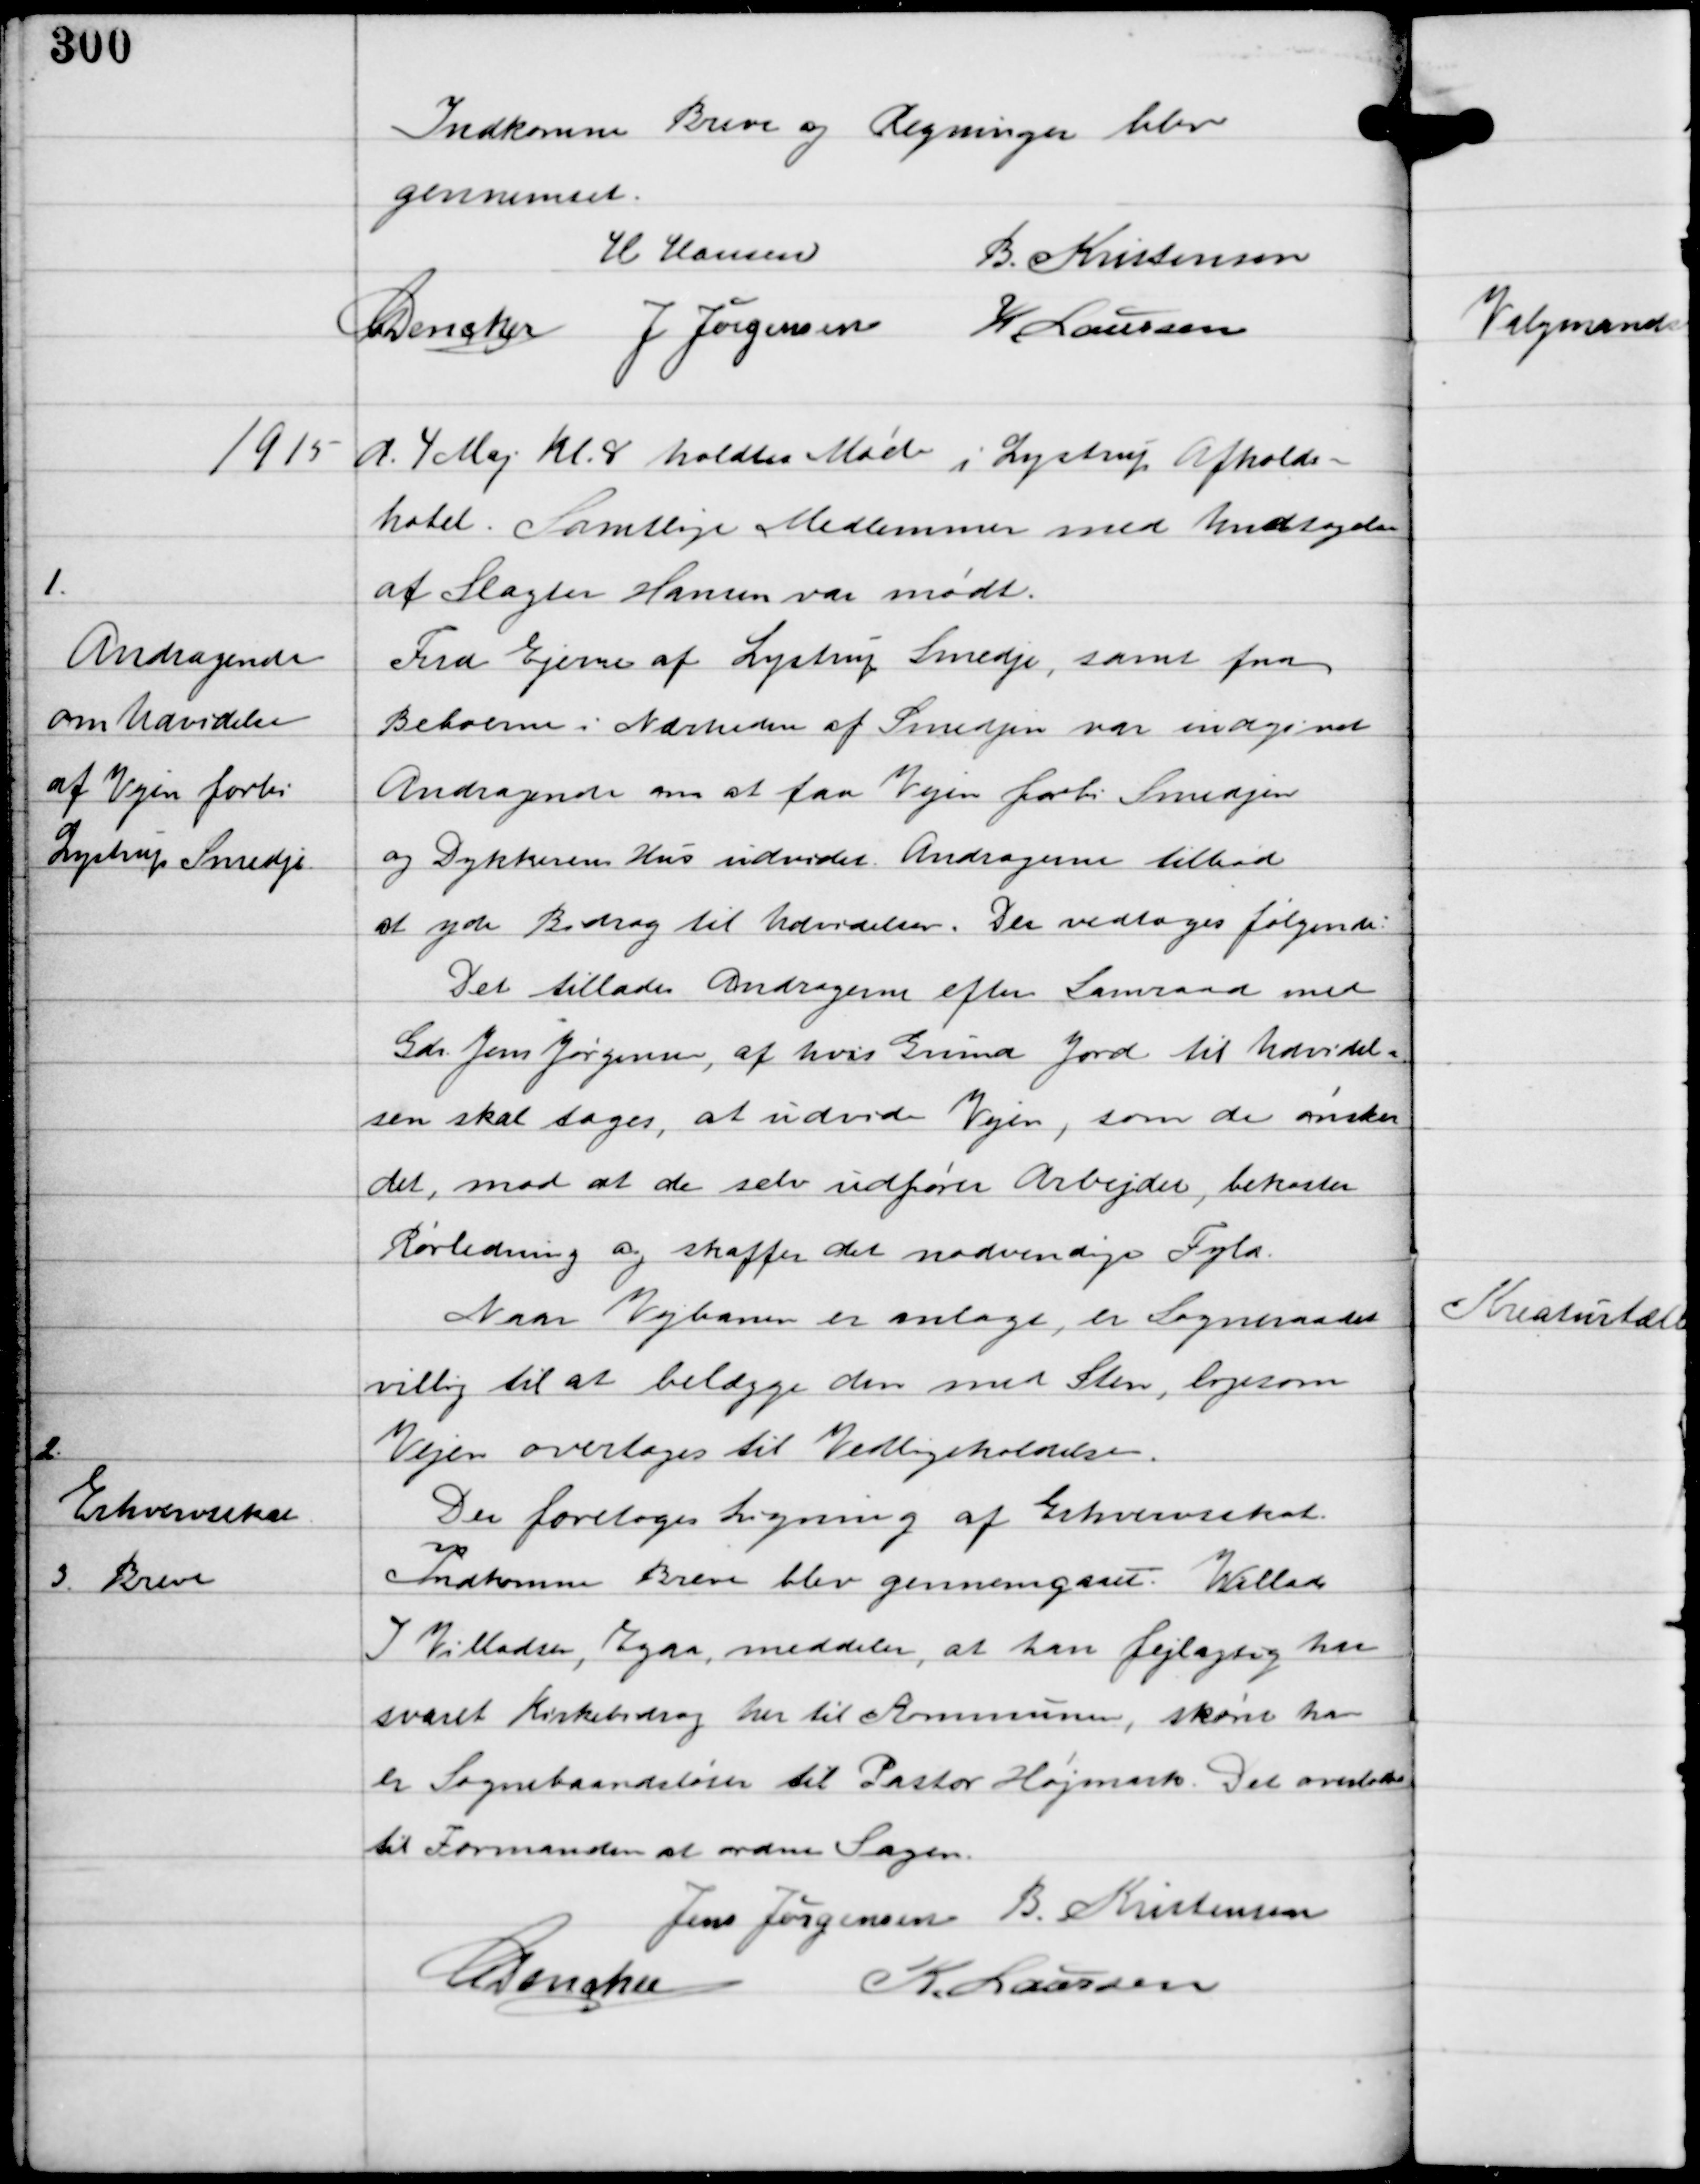
Transskription:
Indkomne Breve og Regninger blev
gennemset.

H Hansen
B. Kristensen
C Dencker J Jørgensen K Laursen

1915 d. 4 Maj Kl 8 holdtes Møde i Lystrup Afholds-
hotel. Samtlige Medlemmer med Undtagelse
af Slagter Hansen var mødt.

1.

Andragende
om Udvidelse
af Vejen forbi
Lystrup Smedje.

Fra Ejerne af Lystrup Smedje, samt fra
Beboerne i Nærheden af Smedjen var indgivet
Andragende om at faa Vejen forbi Smedjen
og Dykkerens Hus udvidet. Andragerne tilbød
at yde Bidrag til Udvidelsen. Der vedtoges følgende:
Det tillades Andragerne efter Samraad med
Gdr Jens Jørgensen, af hvis Grund Jord til Udvidel-
sen skal tages, at udvide Vejen, som de ønsker
det, mod at de selv udfører Arbejder, bekoster
Rørledning og skaffer det nødvendige Fyla.
Naar Vejbanen er anlagt, er Sogneraadet
villig til at belægge den med Sten, ligesom
Vejen overtages til Vedligeholdelse.

2.

Erhvervsskat

Der foretoges Ligning af Erhvervsskat

3.

Breve

Indkomne Breve blev gennemgaaet. Villads
I Villadsen, Egaa meddeler, at han fejlagtig har
svaret Kirkebidrag her til Kommunen, skønt han
er Sognebaandsløser til Pastor Højmark. Det overlades
til Formanden at ordne Sagen.

Jens Jørgensen B. Kristensen
C Dencker
K. Laursen